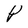
Character: p